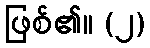
ဖြစ်၏။ (၂)